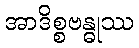
အာဒိစ္စဗန္ဓုဿ